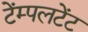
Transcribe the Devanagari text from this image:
टेंम्पलटेंट